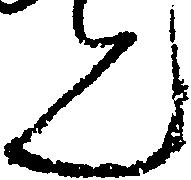
ん